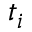
t _ { i }